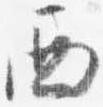
西